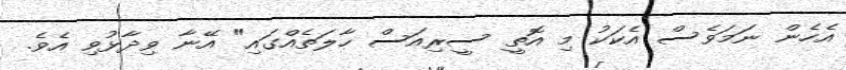
އެހެން ނަމަވެސް އެކަކު މި އޮތީ ސީރިއަސް ހާލަތެއްގައި" އޭނާ ވިދާޅުވި އެވެ.